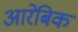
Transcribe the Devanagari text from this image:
आरेबिक